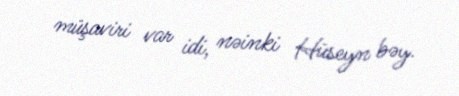
müşaviri var idi, nəinki Hüseyn bəy.